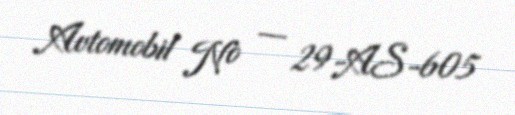
Avtomobil № — 29-AS-605